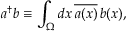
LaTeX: a ^ { \dagger } b \equiv \int _ { \Omega } d x \, { \overline { { a ( x ) } } } \, b ( x ) ,